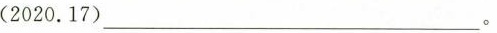
(2020.17)____________。